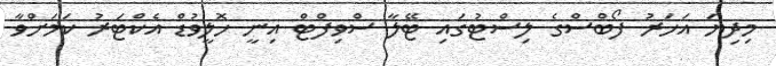
މިދިޔަ އަހަރު ފޯބްސްގެ ލިސްޓުގައި ޓޭލާ ސްވިފްޓް އިނީ ހޮލީވުޑް އެކްޓަރު ކަމަށްވާ